Report of the Indian Hemp Drugs Commission, 1894-1895 - Volume II
Year: 1894
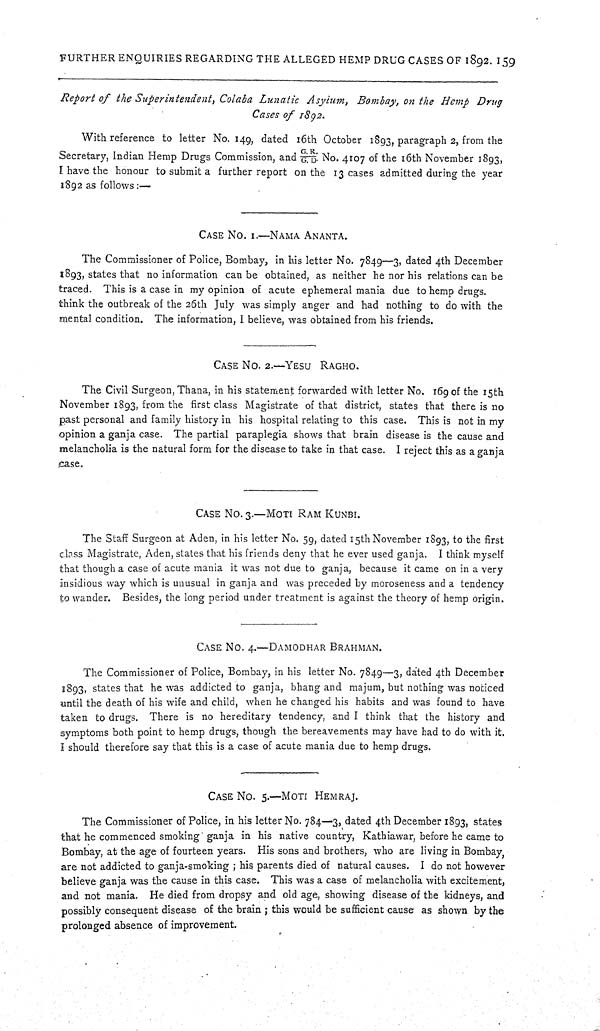
FURTHER ENQUIRIES REGARDING THE ALLEGED HEMP DRUG CASES OF 1892. 159
Report of the Superintendent, Colaba Lunatic Asylum, Bombay, on the Hemp Drug
Cases of 1892.
With reference to letter No. 149, dated 16th October 1893, paragraph 2, from the
Secretary, Indian Hemp Drugs Commission, and G. R./G. D. No. 4107 of the 16th November 1893,
I have the honour to submit a further report on the 13 cases admitted during the year
1892 as follows:—
CASE NO. 1.—NAMA ANANTA.
The Commissioner of Police, Bombay, in his letter No. 7849—3, dated 4th December
1893, states that no information can be obtained, as neither he nor his relations can be
traced. This is a case in my opinion of acute ephemeral mania due to hemp drugs.
think the outbreak of the 26th July was simply anger and had nothing to do with the
mental condition. The information, I believe, was obtained from his friends.
CASE NO. 2.—YESU RAGHO.
The Civil Surgeon, Thana, in his statement forwarded with letter No. 169 of the 15th
November 1893, from the first class Magistrate of that district, states that there is no
past personal and family history in his hospital relating to this case. This is not in my
opinion a ganja case. The partial paraplegia shows that brain disease is the cause and
melancholia is the natural form for the disease to take in that case. I reject this as a ganja
case.
CASE NO. 3.—MOTI RAM KUNBI.
The Staff Surgeon at Aden, in his letter No. 59, dated 15th November 1893, to the first
class Magistrate, Aden, states that his friends deny that he ever used ganja. I think myself
that though a case of acute mania it was not due to ganja, because it came on in a very
insidious way which is unusual in ganja and was preceded by moroseness and a tendency
to wander. Besides, the long period under treatment is against the theory of hemp origin.
CASE NO. 4.—DAMODHAR BRAHMAN.
The Commissioner of Police, Bombay, in his letter No. 7849—3, dated 4th December
1893, states that he was addicted to ganja, bhang and majum, but nothing was noticed
until the death of his wife and child, when he changed his habits and was found to have
taken to drugs. There is no hereditary tendency, and I think that the history and
symptoms both point to hemp drugs, though the bereavements may have had to do with it.
I should therefore say that this is a case of acute mania due to hemp drugs.
CASE NO. 5.—MOTI HEMRAJ.
The Commissioner of Police, in his letter No. 784—3, dated 4th December 1893, states
that he commenced smoking ganja in his native country, Kathiawar, before he came to
Bombay, at the age of fourteen years. His sons and brothers, who are living in Bombay,
are not addicted to ganja-smoking; his parents died of natural causes. I do not however
believe ganja was the cause in this case. This was a case of melancholia with excitement,
and not mania. He died from dropsy and old age, showing disease of the kidneys, and
possibly consequent disease of the brain; this would be sufficient cause as shown by the
prolonged absence of improvement.